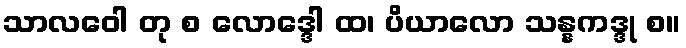
သာလဝေါ တု စ လောဒ္ဒေါ ထ၊ ပိယာလော သန္နကဒ္ဒု စ။